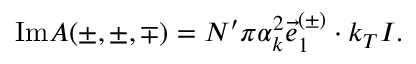
\mathrm { I m } { \cal A } ( \pm , \pm , \mp ) = { \cal N } ^ { \prime } \pi \alpha _ { k } ^ { 2 } \vec { e } _ { 1 } ^ { ( \pm ) } \cdot k _ { T } { \cal I } .